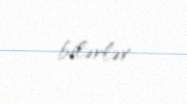
bilərlər.